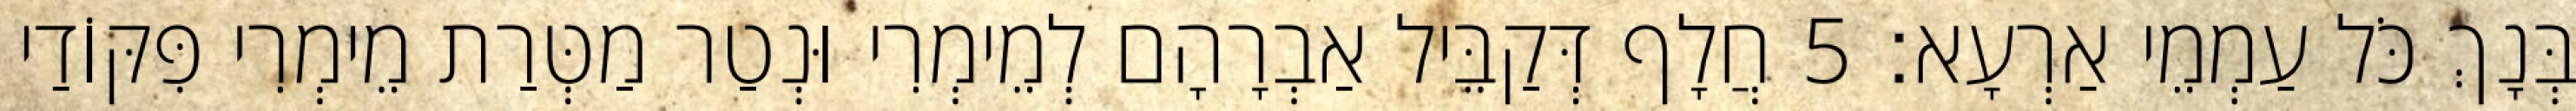
בְּנָךְ כֹּל עַמְמֵי אַרְעָא׃ 5 חֲלָף דְּקַבֵּיל אַבְרָהָם לְמֵימְרִי וּנְטַר מַטְּרַת מֵימְרִי פִּקּוֹדַי